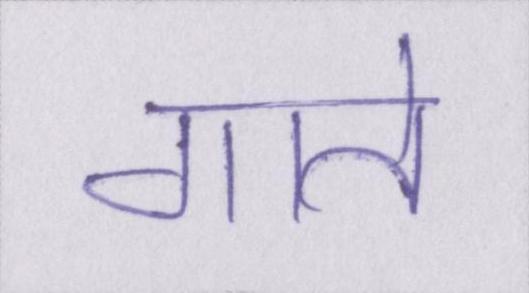
गाते